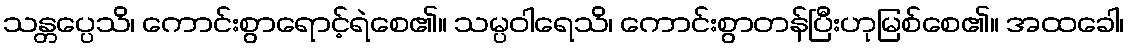
သန္တပ္ပေသိ၊ ကောင်းစွာရောင့်ရဲစေ၏။ သမ္ပဝါရေသိ၊ ကောင်းစွာတန်ပြီးဟုမြစ်စေ၏။ အထခေါ၊